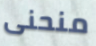
منحنى